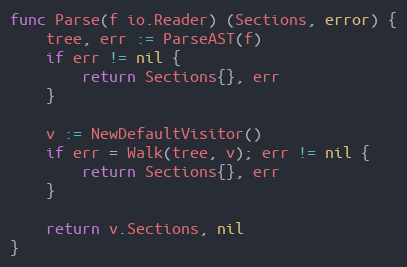
Language: Go
func Parse(f io.Reader) (Sections, error) {
	tree, err := ParseAST(f)
	if err != nil {
		return Sections{}, err
	}

	v := NewDefaultVisitor()
	if err = Walk(tree, v); err != nil {
		return Sections{}, err
	}

	return v.Sections, nil
}